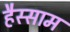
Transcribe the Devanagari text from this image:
हैस्साम